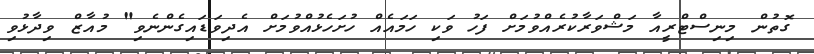
ގޮތުން މިނިސްޓްރީއާ މަޝްވަރާކުރެއްވުމަށް ފަހު ވަކި ހަމައެއް ހުށަހެޅުއްވުމަށް އެދިވަޑައިގެންނެވި" މުއާޒް ވިދާޅުވި